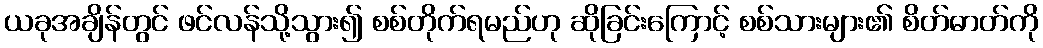
ယခုအချိန်တွင် ဖင်လန်သို့သွား၍ စစ်တိုက်ရမည်ဟု ဆိုခြင်းကြောင့် စစ်သားများ၏ စိတ်ဓာတ်ကို